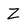
Character: Z